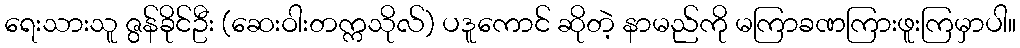
ရေးသားသူ ဇွန်ခိုင်ဦး (ဆေးဝါးတက္ကသိုလ်) ပဒူကောင် ဆိုတဲ့ နာမည်ကို မကြာခဏကြားဖူးကြမှာပါ။